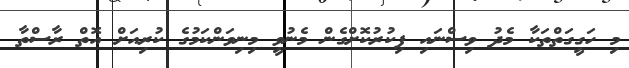
މި ހަގީގަތްތަކާ މެދު ވިސްނައި ފިކުުރުކޮށްގެން މެނުވީ މިނިވަންކަމުގެ ކުރިއަށް އޮތް ރާސްތާ